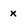
Character: x